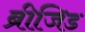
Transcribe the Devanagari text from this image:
ब्रीजिड